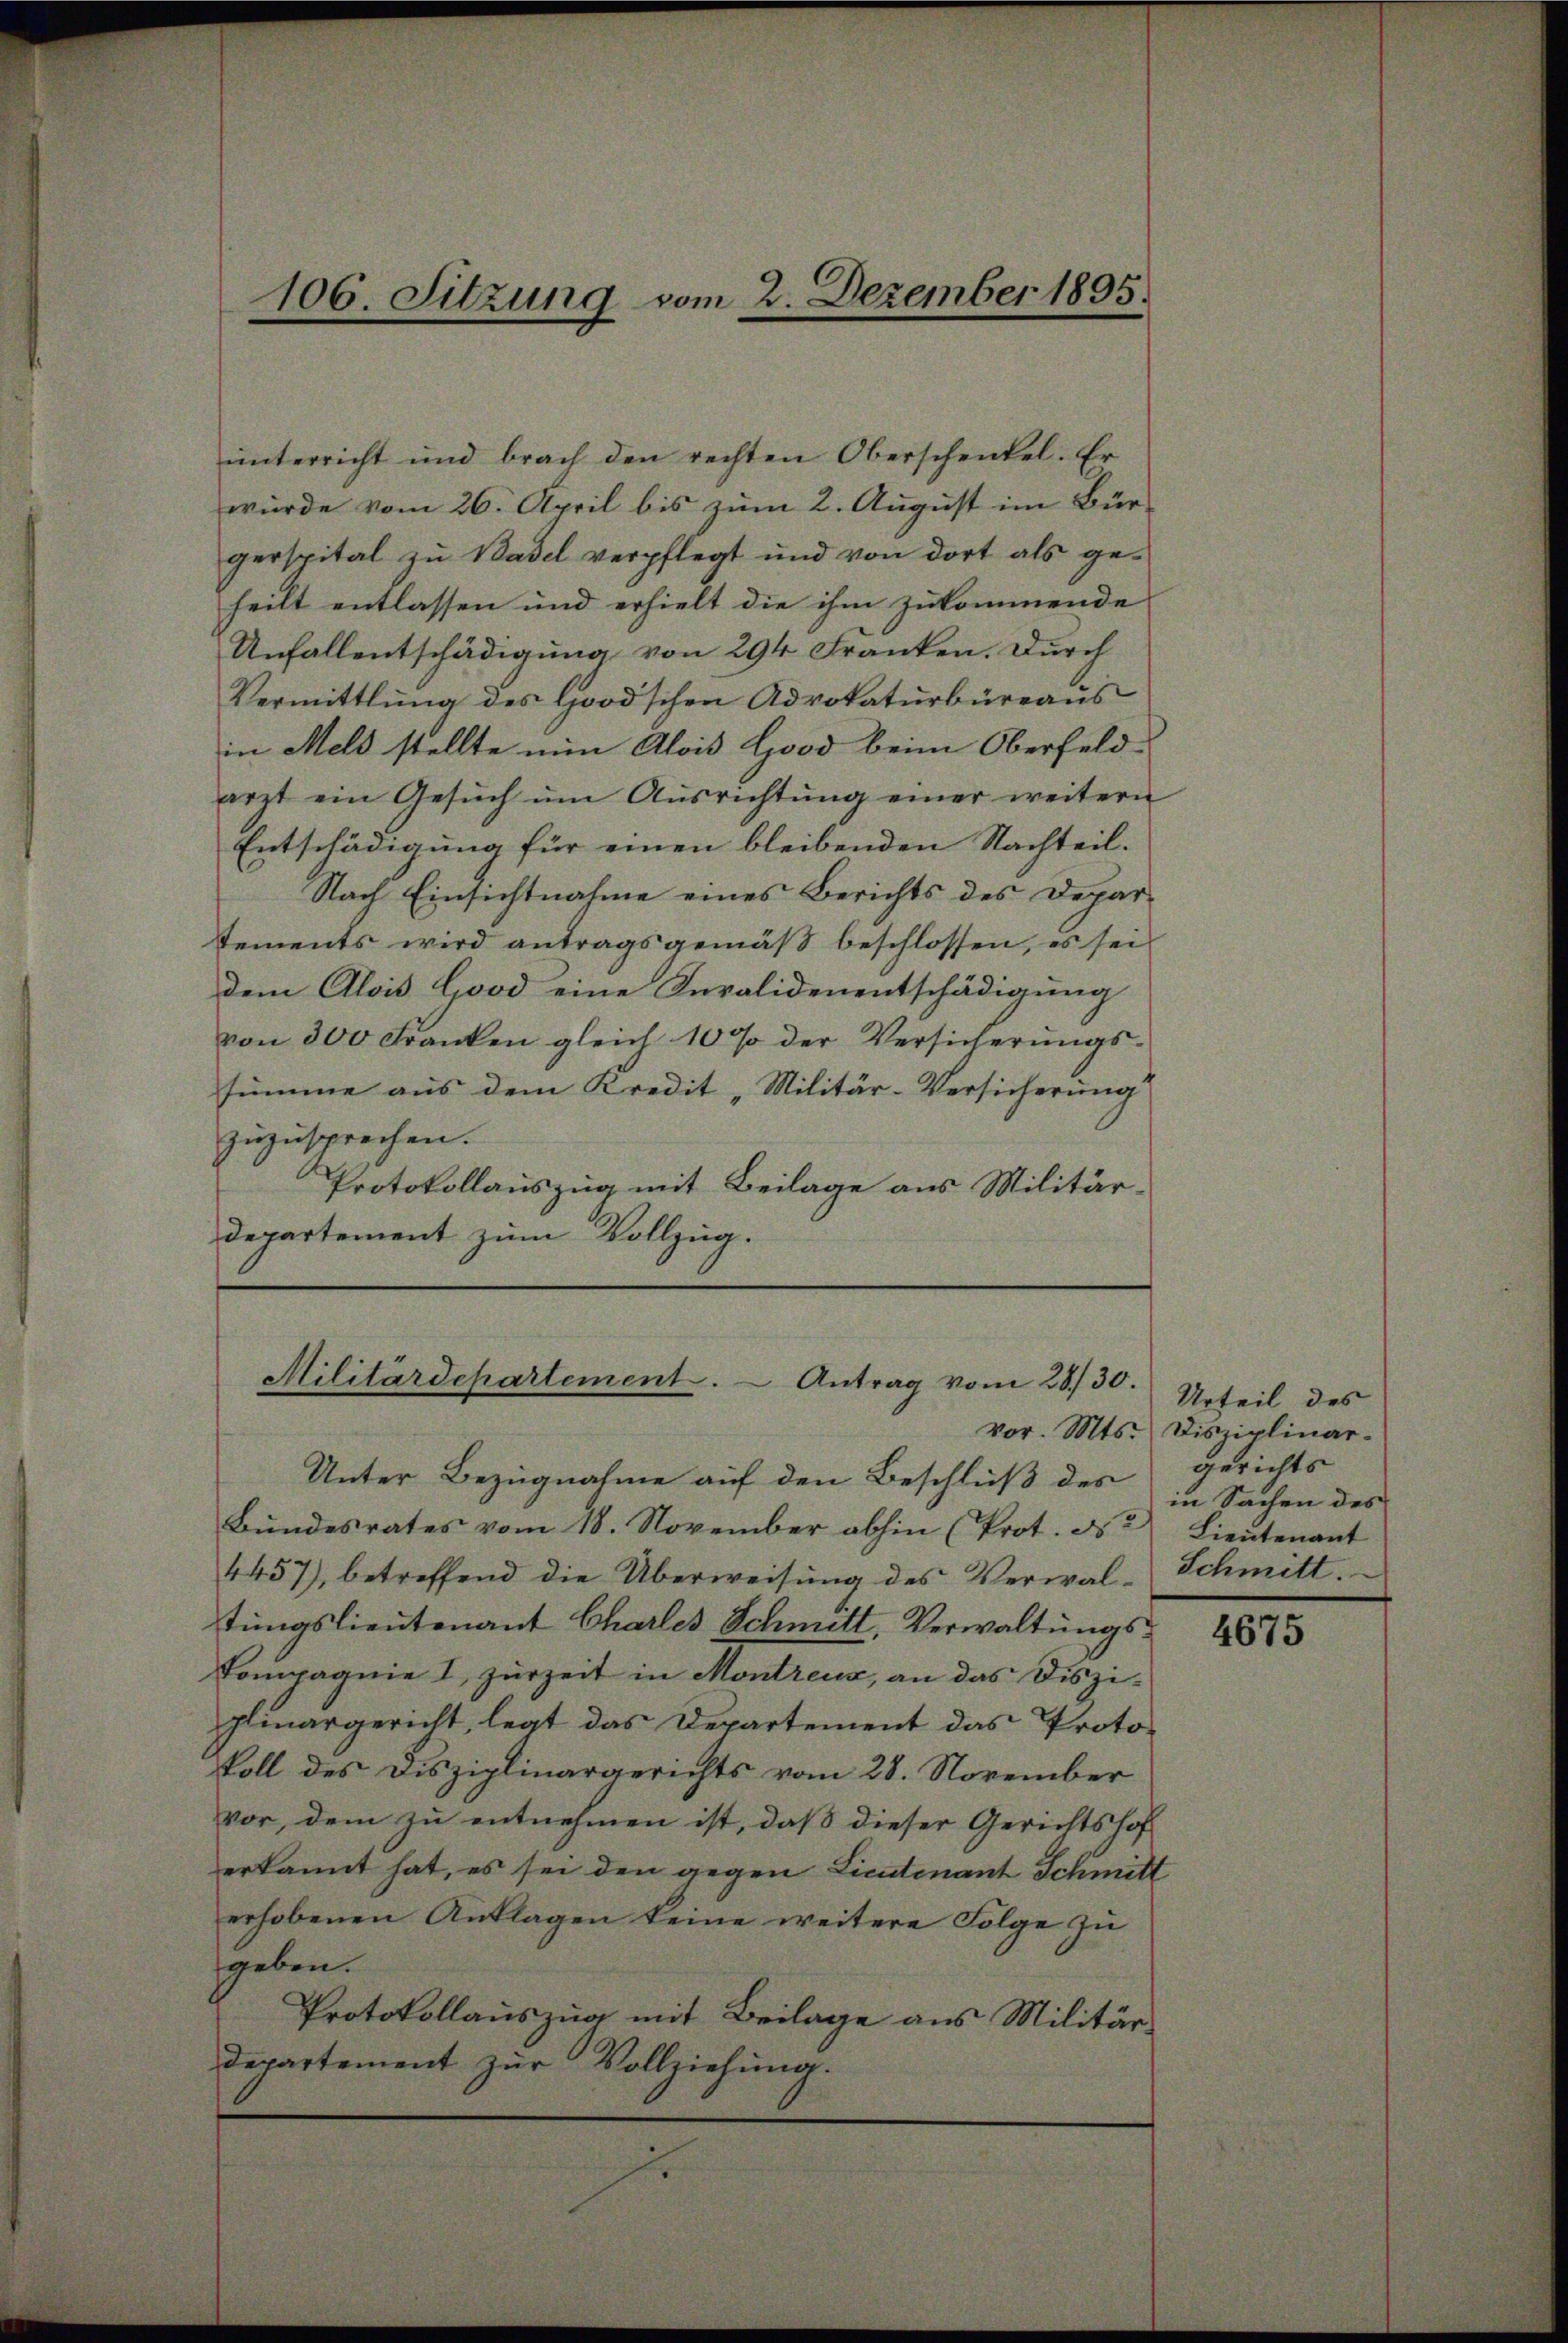
ŭnterricht und brach den rechten Oberschenkel. Er
würde vom 26. April bis zum 2. August im Bürgerspital zu Basel verpflegt und von dort als ge-
heilt entlassen und erhielt die ihm zukommende
Unfallentschädigung von 294 Franken. Durch
Vermittlung des Good’schen Advokaturbüreaus
in Meld stellte nun Alois Good beim Oberfeld-
arzt ein Gesŭch ŭm Aŭsrichtŭng einer weitern
Entschädigung für einen bleibenden Nachteil.
Nach Einsichtnahme eines Berichts des Departements wird antragsgemäß beschlossen, es sei
dem Alois Good eine Invalidenentschädigung
von 300 Franken gleich 10 % der Versicherŭngs-
summe aus dem Kredit "Militär-Versicherung
zuzusprechen.
Protokollauszug mit Beilage aus Militär-
departement zum Vollzug.

106. Sitzung vom 2. Dezember 1895.

Militärdepartement. Antrag vom 28./30.

Unter Bezugnahme auf den Beschluß des
Bŭndesrates vom 18. November abhin (Prot. d. Lieutenant
4457), betreffend die Überweisung des Verwal-Schmitt
tungslieutenant Charles Schmitt, Verwaltungs¬
Kompagnie I zurzeit in Montreuz, an das Disziglinargericht, legt das Departement das Protokoll des Disziplinargerichts vom 28. November
vor, dem zu entnehmen ist, daß dieser Gerichtshof
erkannt hat, es sei den gegen Lieutenant Schmitt
erhobenen Anklagen keine weitere Folge zu
geben.
Protokollauszug mit Beilage aus Militär
departement zur Vollziehung.

Urteil des
vor. Mts. Disziplinargerichts
in Sachen des

4675